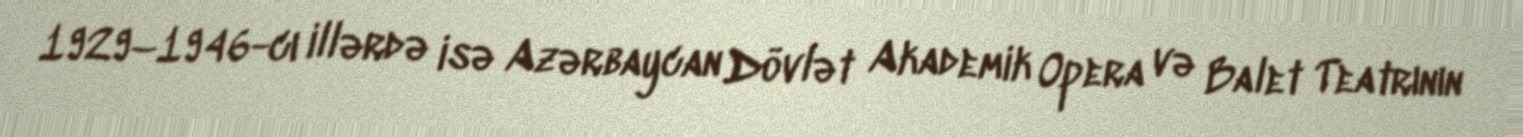
1929–1946-cı illərdə isə Azərbaycan Dövlət Akademik Opera və Balet Teatrının